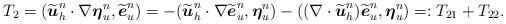
LaTeX: \begin{align*}T_2 &= (\widetilde{\boldsymbol{u}}_h^n \cdot \nabla \boldsymbol{\eta}_u^n, \widetilde{\boldsymbol{e}}_u^n)= - (\widetilde{\boldsymbol{u}}_h^n \cdot \nabla \widetilde{\boldsymbol{e}}_u^n, \boldsymbol{\eta}_u^n) - ((\nabla \cdot \widetilde{\boldsymbol{u}}_h^n)\widetilde{\boldsymbol{e}}_u^n, \boldsymbol{\eta}_u^n) =: T_{21}+T_{22}.\end{align*}